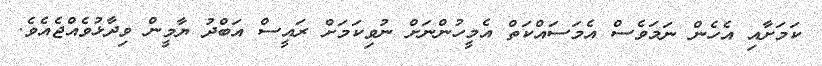
ކަމަށާއި އެހެން ނަމަވެސް އެމަސައްކަތް އެމީހުންނަށް ނުވިކަމަށް ރައީސް އަބްދު ޔާމީން ވިދާޅުވެއްޖެއެވެ.